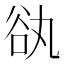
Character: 𧮭